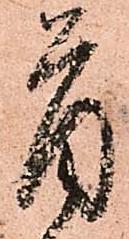
首